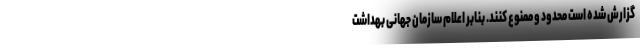
گزارش شده است محدود و ممنوع کنند. بنابر اعلام سازمان جهانی بهداشت